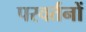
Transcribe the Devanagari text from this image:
परवर्तनों